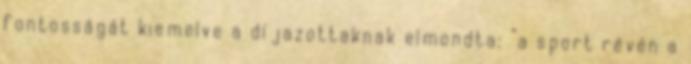
fontosságát kiemelve a díjazottaknak elmondta: “a sport révén a